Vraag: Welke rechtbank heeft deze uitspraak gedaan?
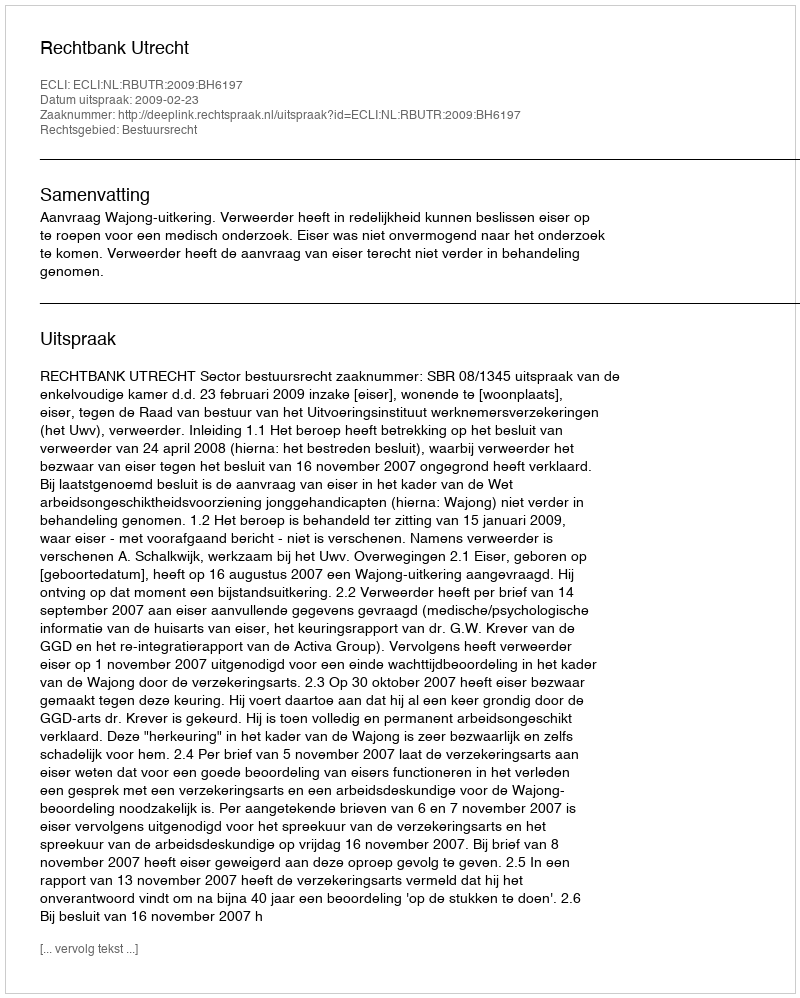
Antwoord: Rechtbank Utrecht